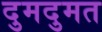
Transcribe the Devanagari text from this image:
दुमदुमत